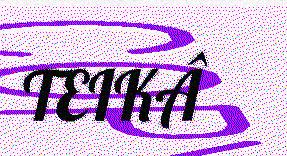
TEIKÂ